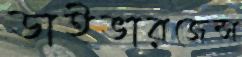
ডাইভারজেন্স